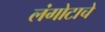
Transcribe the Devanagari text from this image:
लंगोटाचे